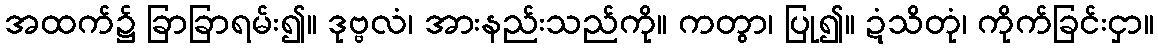
အထက်၌ ခြာခြာရမ်း၍။ ဒုဗ္ဗလံ၊ အားနည်းသည်ကို။ ကတွာ၊ ပြု၍။ ဍံသိတုံ၊ ကိုက်ခြင်းငှာ။